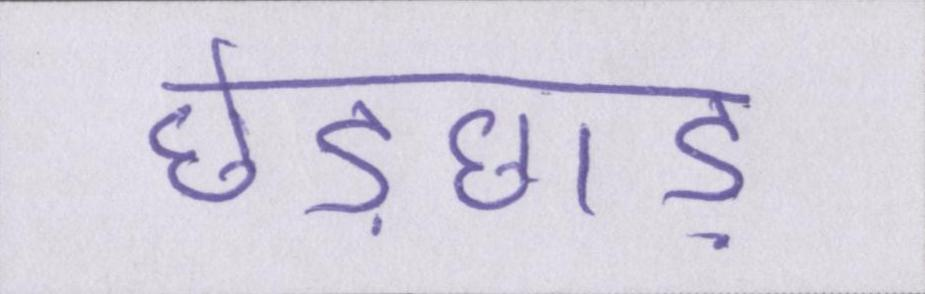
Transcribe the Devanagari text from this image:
छेड़छाड़